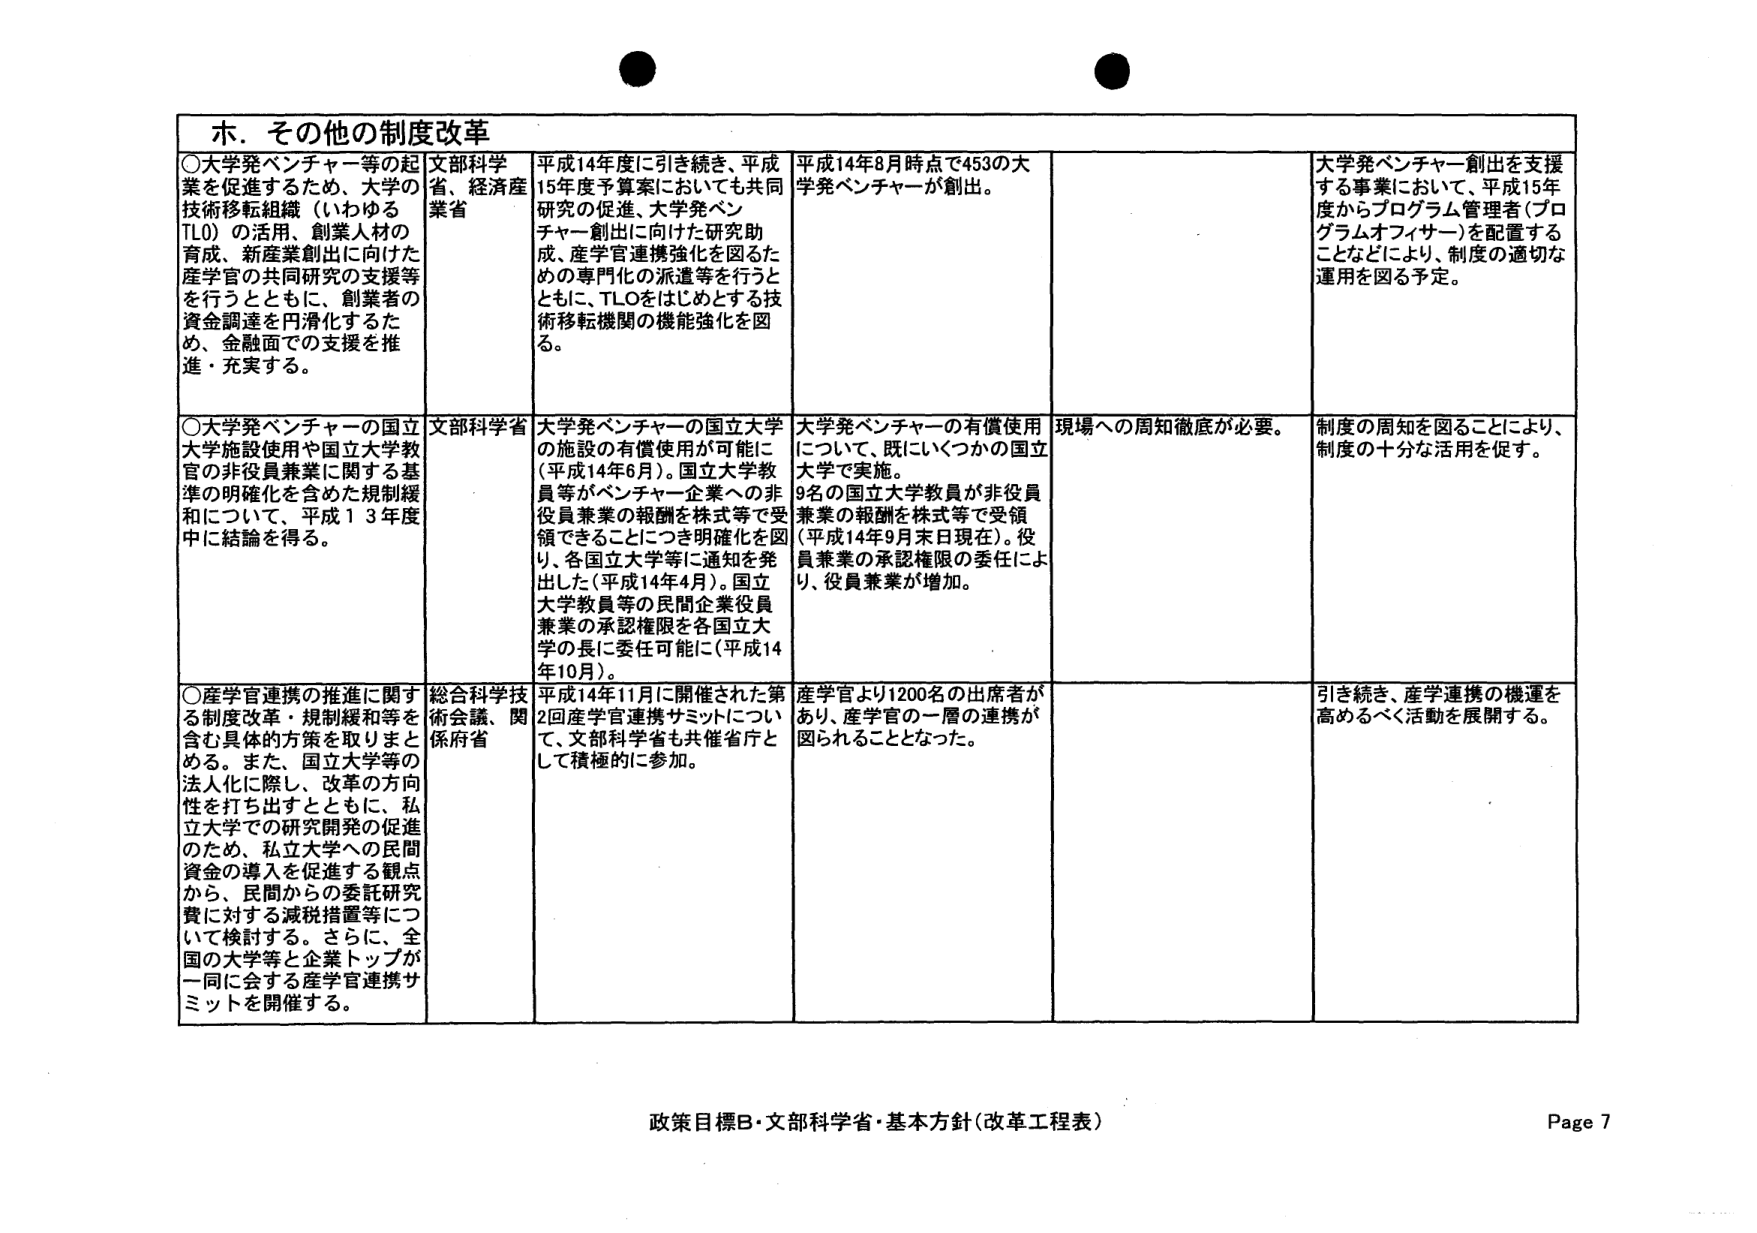
ホ．その他の制度改革

○大学発ベンチャー等の起業を促進するため、大学の技術移転組織（いわゆるTLO）の活用、創業人材の育成、新産業創出に向けた産学官の共同研究の支援等を行うとともに、創業者の資金調達を円滑化するため、金融面での支援を推進・充実する。

文部科学省、経済産業省

平成14年度に引き続き、平成15年度予算案においても共同研究の促進、大学発ベンチャー創出に向けた研究助成、産学官連携強化を図るための専門化の派遣等を行うとともに、TLOをはじめとする技術移転機関の機能強化を図る。

平成14年8月時点で453の大学発ベンチャーが創出。

大学発ベンチャー創出を支援する事業において、平成15年度からプログラム管理者（プログラムオフィサー）を配置することなどにより、制度の適切な運用を図る予定。

○大学発ベンチャーの国立大学施設使用や国立大学教官の非役員兼業に関する基準の明確化を含めた規制緩和について、平成13年度中に結論を得る。

文部科学省

大学発ベンチャーの国立大学の施設の有償使用が可能に（平成14年6月）。国立大学教員等がベンチャー企業への非役員兼業の報酬を株式等で受領できることにつき明確化を図り、各国立大学等に通知を発出した（平成14年4月）。国立大学教員等の民間企業役員兼業の承認権限を各国立大学の長に委任可能に（平成14年10月）。

大学発ベンチャーの有償使用について、既にいくつかの国立大学で実施。9名の国立大学教員が非役員兼業の報酬を株式等で受領（平成14年9月末日現在）。役員兼業の承認権限の委任により、役員兼業が増加。

現場への周知徹底が必要。

制度の周知を図ることにより、制度の十分な活用を促す。

○産学官連携の推進に関する制度改革・規制緩和等を含む具体的方策を取りまとめる。また、国立大学等の法人化に際し、改革の方向性を打ち出すとともに、私立大学での研究開発の促進のため、私立大学への民間資金の導入を促進する観点から、民間からの委託研究費に対する減税措置等について検討する。さらに、全国の大学等と企業トップが一同に会する産学官連携サミットを開催する。

総合科学技術会議、関係府省

平成14年11月に開催された第2回産学官連携サミットについて、文部科学省も共催省庁として積極的に参加。

産学官より1200名の出席者があり、産学官の一層の連携が図られることとなった。

引き続き、産学連携の機運を高めるべく活動を展開する。

政策目標B・文部科学省・基本方針（改革工程表）
Page 7